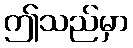
ဤသည်မှာ